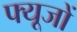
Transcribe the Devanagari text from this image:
फ्यूजों